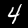
Label: 4